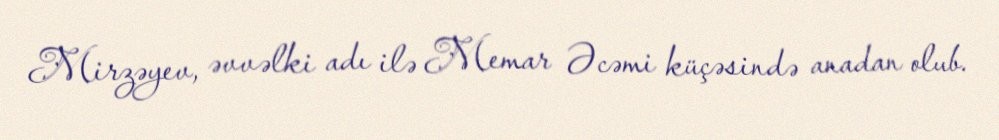
Mirzəyev, əvvəlki adı ilə Memar Əcəmi küçəsində anadan olub.